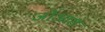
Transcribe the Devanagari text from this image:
जोआंस